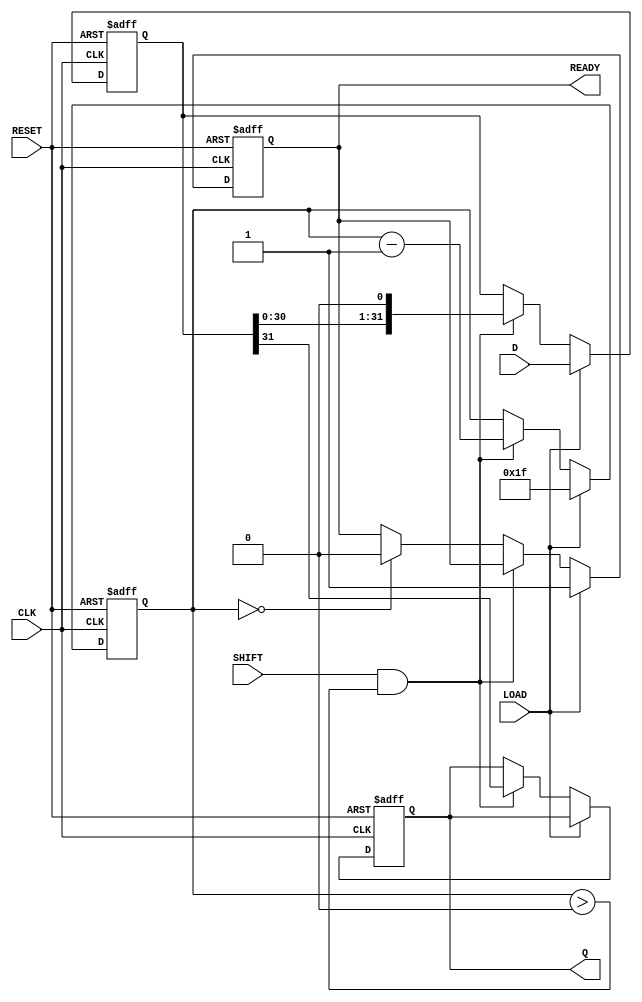
module PISO_Register (
    input wire [31:0] D,       // 32-bit data input
    input wire LOAD,           // Load control signal
    input wire CLK,            // Clock signal
    input wire SHIFT,          // Shift control signal
    input wire RESET,          // Asynchronous reset signal
    output reg Q,              // Serial output
    output reg READY           // Data ready signal
);

    reg [31:0] storage;        // Storage register for parallel data
    reg [4:0] count;           // Counter for shifting bits

    // Asynchronous reset
    always @(posedge CLK or posedge RESET) begin
        if (RESET) begin
            storage <= 32'b0;  // Clear storage register
            Q <= 1'b0;         // Clear serial output
            count <= 5'b0;     // Reset counter
            READY <= 1'b0;     // Clear ready signal
        end else begin
            if (LOAD) begin
                storage <= D;   // Load data into storage register
                count <= 5'd31; // Set counter to 31 (for 32 bits)
                READY <= 1'b1;  // Indicate data is ready to be shifted
            end else if (SHIFT && count > 0) begin
                Q <= storage[31]; // Output the MSB
                storage <= {storage[30:0], 1'b0}; // Shift left
                count <= count - 1; // Decrement counter
            end else if (count == 0) begin
                READY <= 1'b0; // No more data to shift
            end
        end
    end

endmodule